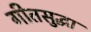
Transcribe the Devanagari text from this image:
गीतसुद्धा